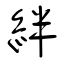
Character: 絆